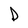
Character: D